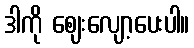
ဒါကို ဈေးလျော့ပေးပါ။